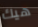
هيك